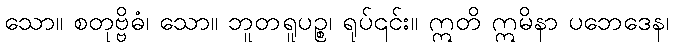
သော။ စတုဗ္ဗိဓံ၊ သော။ ဘူတရူပဉ္စ၊ ရုပ်၎င်း။ ဣတိ ဣမိနာ ပဘေဒေန၊